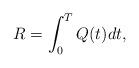
LaTeX: \begin{align*} R = \int_{0}^{T} Q(t) dt, \end{align*}